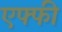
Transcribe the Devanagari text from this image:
एफ्फी